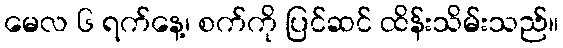
မေလ ၆ ရက်နေ့၊ စက်ကို ပြင်ဆင် ထိန်းသိမ်းသည်။